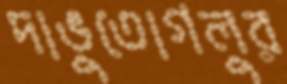
দাভুতোগলুর